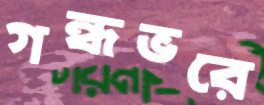
গন্ধভরে